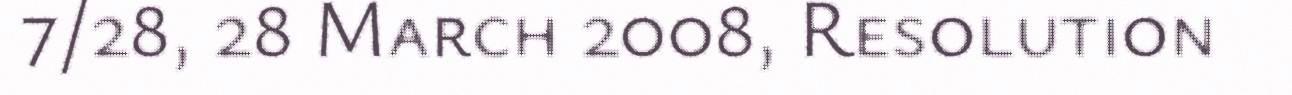
7/28, 28 March 2008, Resolution